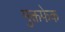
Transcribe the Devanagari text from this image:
मुक्तफेक